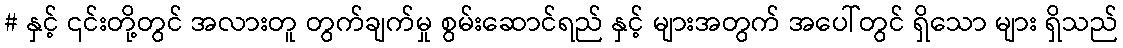
# နှင့် ၎င်းတို့တွင် အလားတူ တွက်ချက်မှု စွမ်းဆောင်ရည် နှင့် များအတွက် အပေါ်တွင် ရှိသော များ ရှိသည်